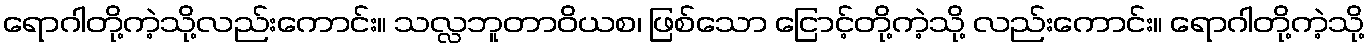
ရောဂါတို့ကဲ့သို့လည်းကောင်း။ သလ္လဘူတာဝိယစ၊ ဖြစ်သော ငြောင့်တို့ကဲ့သို့ လည်းကောင်း။ ရောဂါတို့ကဲ့သို့